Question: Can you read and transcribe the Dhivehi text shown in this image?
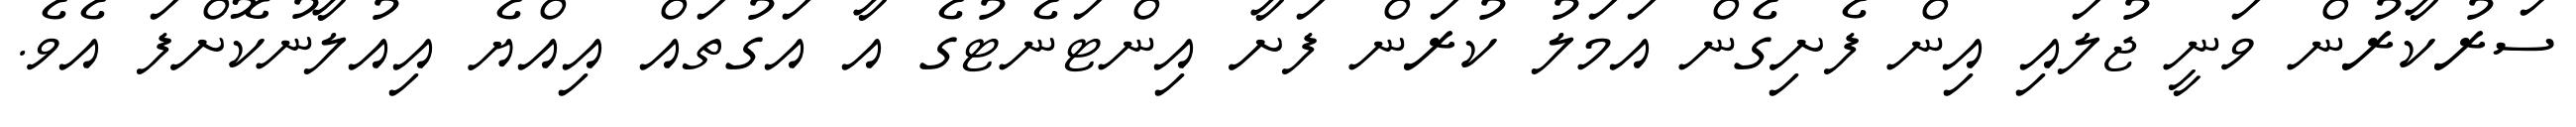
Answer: ސަރުކާރުން ވަނީ ޖުލައި އިން ފެށިގެން އަމަލު ކުރަން ފަށާ އިންޓަނެޓުގެ އާ އަގުތައް އިއްޔެ އިއުލާނުކޮށްފަ އެވެ.